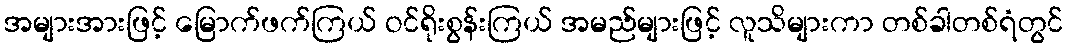
အများအားဖြင့် မြောက်ဖက်ကြယ် ဝင်ရိုးစွန်းကြယ် အမည်များဖြင့် လူသိများကာ တစ်ခါတစ်ရံတွင်